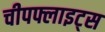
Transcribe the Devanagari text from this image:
चीपफ्लाइट्स